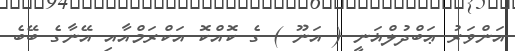
އަންވަރު ޢަބްދުލްޣަނީ ( އަނޫ ) ގެ ކޮއްކޮ އަކްރަމްއާއި އޭނާގެ ބޭބެ